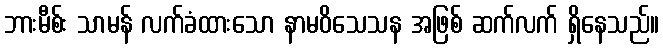
ဘားမီစ်း သာမန် လက်ခံထားသော နာမဝိသေသန အဖြစ် ဆက်လက် ရှိနေသည်။